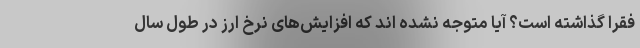
فقرا گذاشته است؟ آیا متوجه نشده اند که افزایش‌های نرخ ارز در طول سال